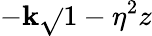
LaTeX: -\mathbf{k}\sqrt{}{{1-\eta^{2}}}z